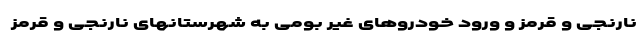
نارنجی و قرمز و ورود خودروهای غیر بومی به شهرستانهای نارنجی و قرمز